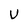
Character: U